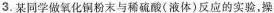
3.某同学做氧化铜粉末与稀硫酸(液体)反应的实验，操